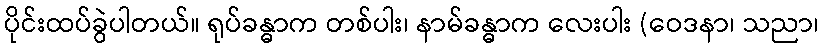
ပိုင်းထပ်ခွဲပါတယ်။ ရုပ်ခန္ဓာက တစ်ပါး၊ နာမ်ခန္ဓာက လေးပါး (ဝေဒနာ၊ သညာ၊